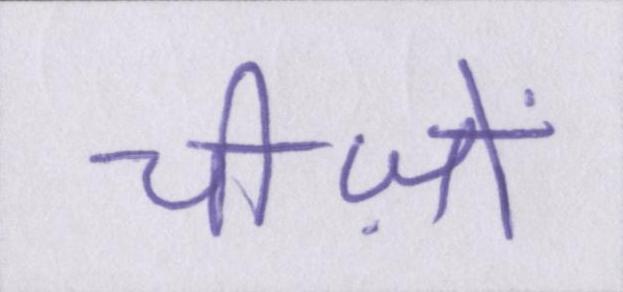
चीज़ों